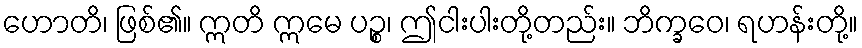
ဟောတိ၊ ဖြစ်၏။ ဣတိ ဣမေ ပဉ္စ၊ ဤငါးပါးတို့တည်း။ ဘိက္ခဝေ၊ ရဟန်းတို့။